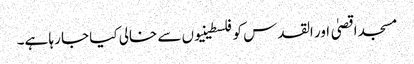
مسجد اقصیٰ اور القدس کو فلسطینیوں سے خالی کیا جا رہا ہے۔